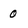
Character: 0